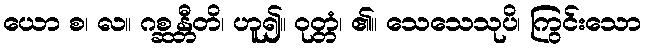
ယော စ၊ လ။ ဂစ္ဆန္တီတိ၊ ဟူ၍။ ဝုတ္တံ၊ ၏။ သေသေသုပိ၊ ကြွင်းသော